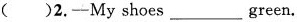
( ) 2. ——My shoes ___ green.